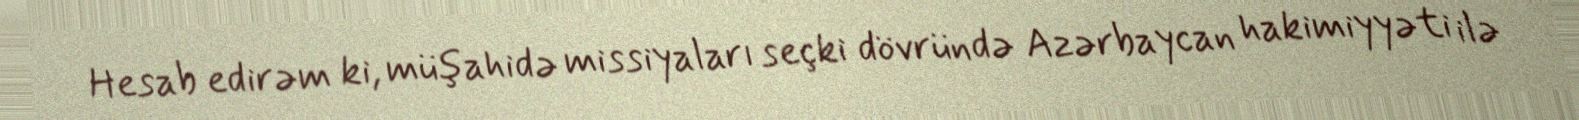
Hesab edirəm ki, müşahidə missiyaları seçki dövründə Azərbaycan hakimiyyəti ilə